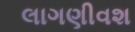
લાગણીવશ